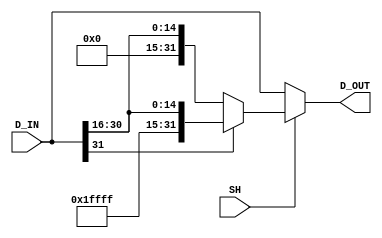
`timescale 1 ns/1 ns

module Shr_16(SH, D_IN, D_OUT);

	input SH;
	input  [31:0] D_IN;
	output [31:0] D_OUT;
	reg    [31:0] D_OUT;

	// CombLogic
	always @(SH, D_IN) begin
		if(SH == 1'b1) begin
			if(D_IN[31] == 1'b1)
				D_OUT <= {16'hFFFF, D_IN[31:16]};
			else
				D_OUT <= {16'h0, D_IN[31:16]};
		end
		else
			D_OUT <= D_IN;
	end
endmodule